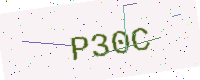
Text: P30C